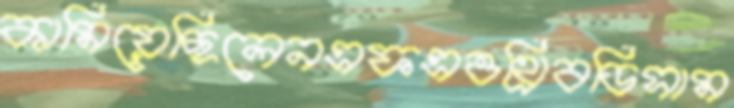
কামিয়েছিলেনএফএওথ্রিবডিসাম